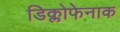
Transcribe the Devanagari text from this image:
डिक्लोफेनाक